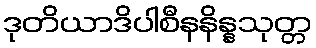
ဒုတိယာဒိပါစီနနိန္နသုတ္တ